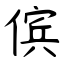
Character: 傧